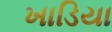
ખાડિયા